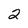
Character: 2